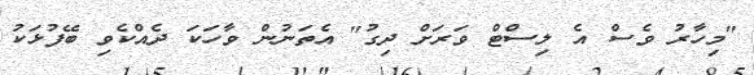
"މިހާރު ވެސް އެ ލިސްޓް ވަރަށް ދިގު" އެތަނުން ވާހަކަ ދެއްކެވި ބޭފުޅަކު